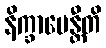
နိက္ခာမေန္တီတိ